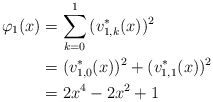
\begin{align*}\varphi_{1}(x)&=\sum^{1}_{k=0}{(v^*_{1,k}(x))^2}\\&=(v^*_{1,0}(x))^2+(v^*_{1,1}(x))^2\\&=2x^4-2x^2+1\end{align*}